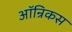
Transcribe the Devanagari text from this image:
ऑन्रिकस